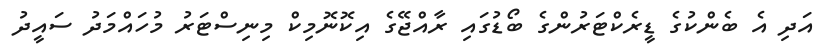
އަދި އެ ބެންކުގެ ޑީރެކްޓަރުންގެ ބޯޑުގައި ރާއްޖޭގެ އިކޮނޮމިކް މިނިސްޓަރު މުހައްމަދު ސައީދު